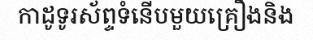
កាដូទូរស័ព្ទទំនើបមួយគ្រឿងនិង